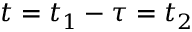
t = t _ { 1 } - \tau = t _ { 2 }